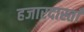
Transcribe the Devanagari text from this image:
हजारदास्ताँ